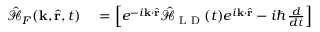
\begin{array} { r l } { \mathcal { \hat { H } } _ { F } ( \mathbf { k } , \hat { \mathbf { r } } , t ) } & { { } = \left[ e ^ { - i \mathbf { k } \cdot \hat { \mathbf { r } } } \mathbf { \mathcal { \hat { H } } } _ { \textrm { L D } } ( t ) e ^ { i \mathbf { k } \cdot \hat { \mathbf { r } } } - i \hbar \frac { d } { d t } \right] } \end{array}